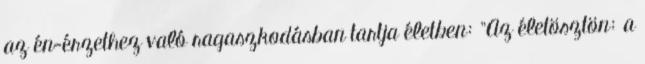
az én-érzethez való ragaszkodásban tartja életben: "Az életösztön: a